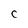
Character: C